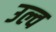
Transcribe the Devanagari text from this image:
उल्व